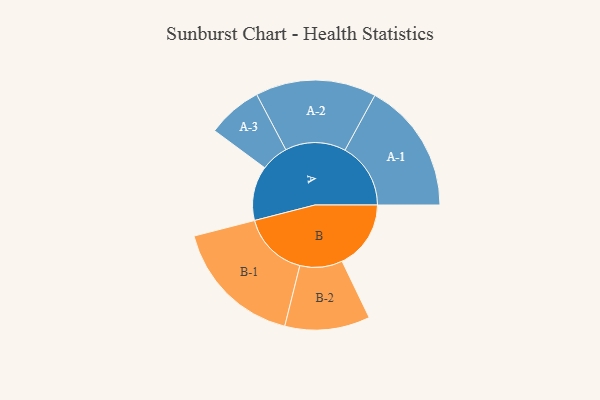
{"axis": {"x": "Segment", "y": "Value"}, "legend": ["", "A", "B"], "data": [{"x": "A", "y": 228, "type": ""}, {"x": "B", "y": 288, "type": ""}, {"x": "A-1", "y": 275, "type": "A"}, {"x": "A-2", "y": 253, "type": "A"}, {"x": "A-3", "y": 115, "type": "A"}, {"x": "B-1", "y": 276, "type": "B"}, {"x": "B-2", "y": 178, "type": "B"}]}